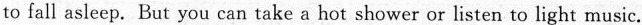
to fall asleep. But you can take a hot shower or listen to light music.